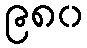
၉၈၀